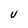
Character: U